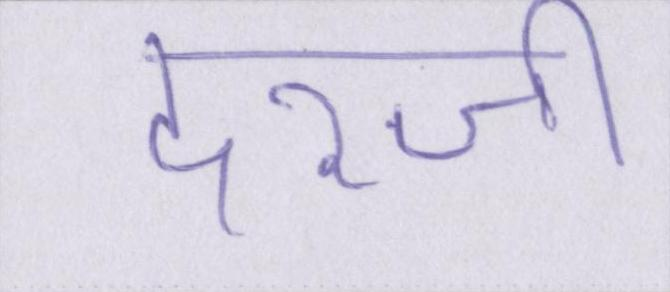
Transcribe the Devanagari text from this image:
दरजी